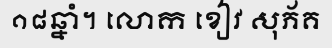
១៨ឆ្នាំ។ លោក ខៀវ សុភ័គ